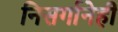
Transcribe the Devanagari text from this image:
निसर्गानेही